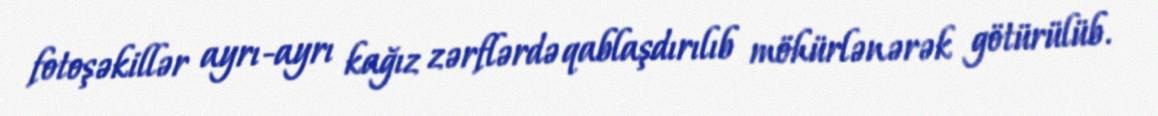
fotoşəkillər ayrı-ayrı kağız zərflərdə qablaşdırılıb möhürlənərək götürülüb.